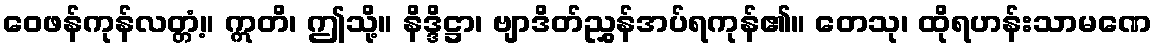
ဝေဖန်ကုန်လတ္တံ့။ ဣတိ၊ ဤသို့။ နိဒ္ဒိဋ္ဌာ၊ ဗျာဒိတ်ညွှန်အပ်ရကုန်၏။ တေသု၊ ထိုရဟန်းသာမဏေ